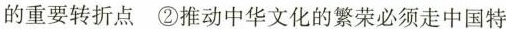
的重要转折点 ②推动中华文化的繁荣必须走中国特